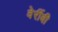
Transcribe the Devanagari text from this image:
वेर्रीबी